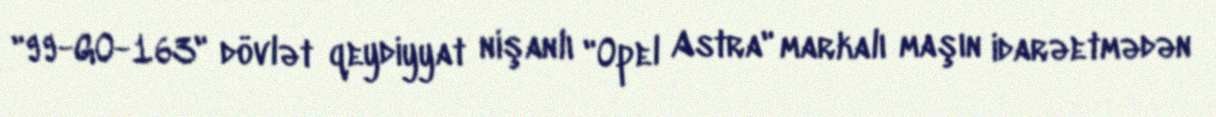
"99-GO-163" dövlət qeydiyyat nişanlı "Opel Astra" markalı maşın idarəetmədən